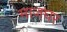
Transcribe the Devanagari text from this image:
माजघर